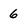
Character: 6